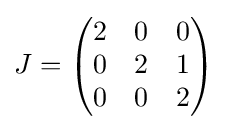
J={\begin{pmatrix}2&0&0\\0&2&1\\0&0&2\end{pmatrix}}